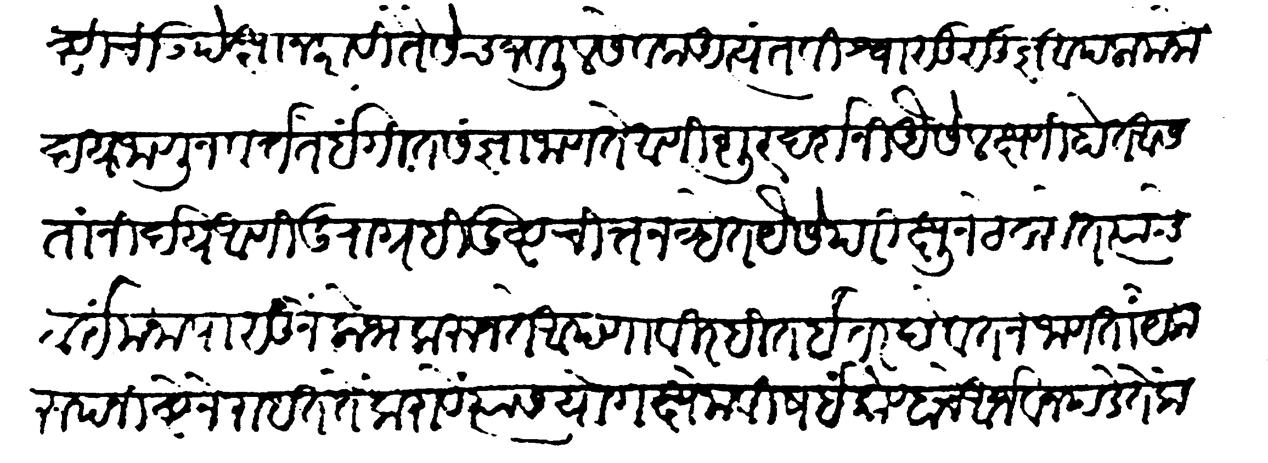
Transliteration (Devanagari): ये गोष्टीची उपेक्षान करावी तैसेच जवळील सेवक अत्यंत विश्वासू सूज्ञ आपला मनोदय जाणून वर्तते इंगीत संज्ञा जाणते शूर दर्शनी जैसे लक्षणी होत आसतां निर्दय आणि दुराग्रही दुष्टचित्त नव्हेत यैसे परीक्षून ठेवावेत त्यांचे ठाई मनापासून लोभ करून ते आपणा विरहित इतर दैवत न जाणतां येकरुप निष्ठेनें राहत तें करावें त्यास योगक्षेम विषई कोण्हाचें आर्जव न पडे तें करावे